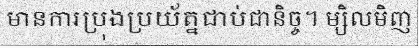
មានការប្រុងប្រយ័ត្នជាប់ជានិច្ច។ ម្សិលមិញ